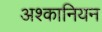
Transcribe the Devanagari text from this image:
अश्कानियन